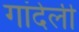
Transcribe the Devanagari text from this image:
गांदेली